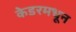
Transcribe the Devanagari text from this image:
केडरमधून